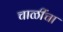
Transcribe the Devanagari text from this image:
चाळींचा